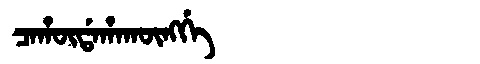
Manchu: ᠴᠠᡥᡡᡩᠠᡥᠠᡴᡡᠩᡤᡝ
Romanization: CAHŪDAHAKŪNGGE